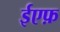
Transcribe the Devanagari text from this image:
ईएफ़